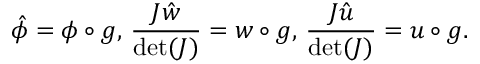
\hat { \phi } = \phi \circ g , \, \frac { J \hat { w } } { \operatorname* { d e t } ( J ) } = w \circ g , \, \frac { J \hat { u } } { \operatorname* { d e t } ( J ) } = u \circ g .